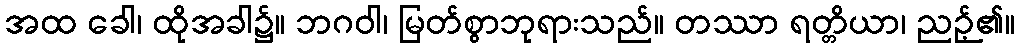
အထ ခေါ၊ ထိုအခါ၌။ ဘဂဝါ၊ မြတ်စွာဘုရားသည်။ တဿာ ရတ္တိယာ၊ ညဉ့်၏။